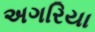
અગરિયા